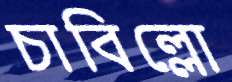
চাবিল্লো